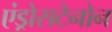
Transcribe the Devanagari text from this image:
एंड्रोसटेनोन